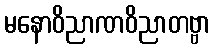
မနောဝိညာဏဝိညာတဗ္ဗာ